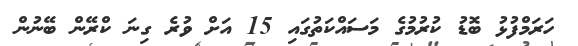
ހަރަމްފުޅު ބޮޑު ކުރުމުގެ މަސައްކަތުގައި 15 އަށް ވުރެ ގިނަަ ކްރޭން ބޭނުން